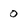
Character: 0